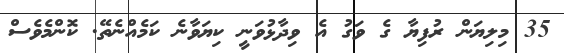
35 މިލިޔަން ރުފިޔާ ގެ ވަގު އެ ވިދާޅުވަނީ ކިޔަވާނެ ކަމެއްނެތޭ. ކޮންމެވެސް